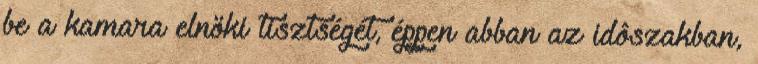
be a kamara elnöki tisztségét, éppen abban az idôszakban,